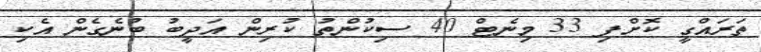
ތަރައްގީ ކޮށްފި 33 މިނެޓް 40 ސިކުންތު ކުރިން އަދީބު ބުނެގެން އެކި